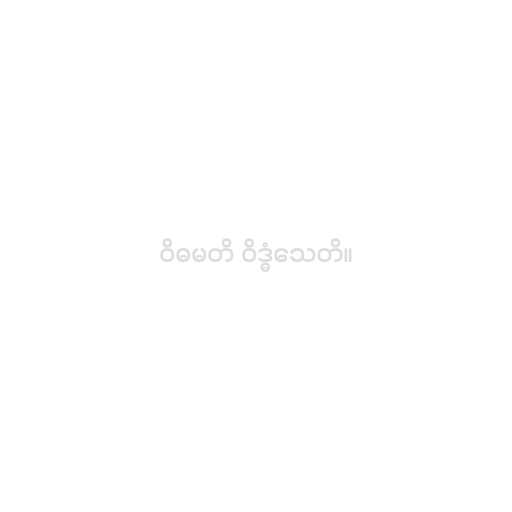
ဝိဓမတိ ဝိဒ္ဓံသေတိ။